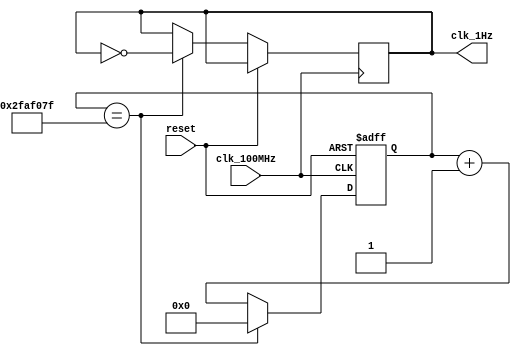
`timescale 1ns / 1ps
//////////////////////////////////////////////////////////////////////////////////
// Company: 
// Engineer: 
// 
// Design Name: 
// Module Name: OneHz_gen
// Project Name: 
// Target Devices: 
// Tool Versions: 
// Description: 
// 
// Dependencies: 
// 
// Revision:
// Revision 0.01 - File Created
// Additional Comments:
// 
//////////////////////////////////////////////////////////////////////////////////


module OneHz_gen(
    input clk_100MHz,
    input reset,
    output clk_1Hz
    );
    
    reg [25:0] counter;
    reg clk_out = 0;
    
    always @(posedge clk_100MHz, posedge reset)
    begin
        if (reset)
            counter <= 26'b0;
         else if (counter == 49_999_999)
         begin
            counter <= 26'b0;
            clk_out = ~clk_out;
         end
         else
            counter <= counter + 1;
    end
    
    assign clk_1Hz = clk_out;
    
endmodule